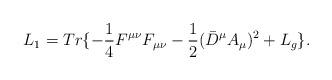
\begin{align*}L_1=Tr\{-\frac{1}{4}F^{\mu\nu}F_{\mu\nu}-\frac{1}{2}(\bar{D}^{\mu}A_{\mu})^2+L_g\}.\end{align*}